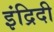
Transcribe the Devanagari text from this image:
इंद्रिदी